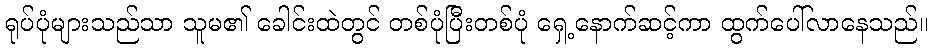
ရုပ်ပုံများသည်သာ သူမ၏ ခေါင်းထဲတွင် တစ်ပုံပြီးတစ်ပုံ ရှေ့နောက်ဆင့်ကာ ထွက်ပေါ်လာနေသည်။